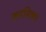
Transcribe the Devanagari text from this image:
लयमिलय